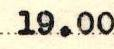
19.00